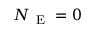
N _ { \mathrm { ~ E ~ } } = 0